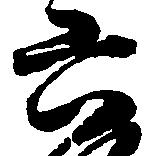
六